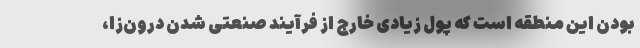
بودن این منطقه است که پول زیادی خارج از فرآیند صنعتی شدن درون‌زا،